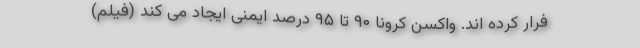
فرار کرده اند. واکسن کرونا ۹۰ تا ۹۵ درصد ایمنی ایجاد می کند (فیلم)